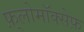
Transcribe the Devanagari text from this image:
फ़्लोमॉक्सेफ़